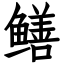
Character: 鳝